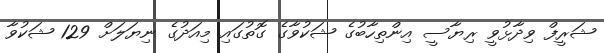
ޝަރީފް ވިދާޅުވީ ރިޔާސީ އިންތިހާބުގެ ޝަކުވާގެ ގޮތުގައި މިއަދުގެ ނިޔަލަށް 129 ޝަކުވާ